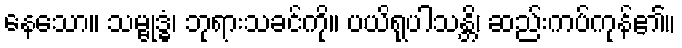
နေသော။ သမ္ဗုဒ္ဓံ၊ ဘုရားသခင်ကို။ ပယိရုပါသန္တိ၊ ဆည်းကပ်ကုန်၏။